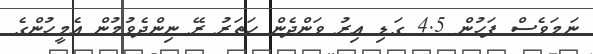
ނަމަވެސް ފަހުން 4.5 ގަޑި އިރު ވަންދެން ހަތަރު ރޭ ނިންދެވުމުން އެމީހުންގެ